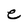
Character: e